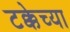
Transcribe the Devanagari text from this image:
टक्केच्या